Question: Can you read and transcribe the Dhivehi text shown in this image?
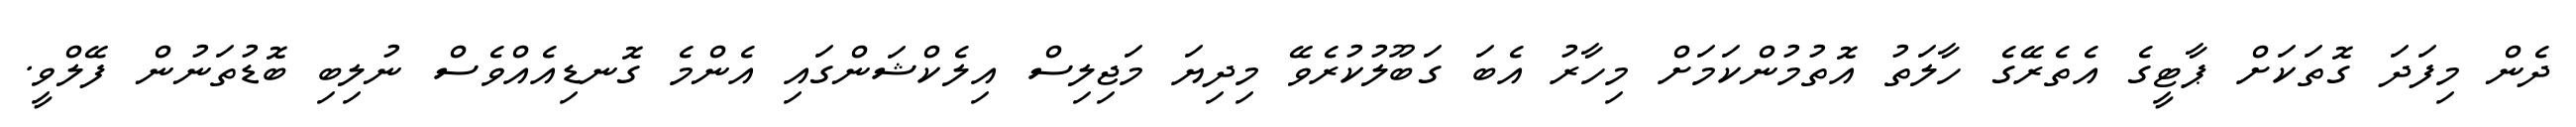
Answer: ދެން މިފަދަ ގޮތަކަށް ޕާޓީގެ އެތެރޭގެ ހާލަތު އޮތުމުންކަމަށް މިހާރު އެބަ ގަބޫލުކުރެވޭ މިދިޔަ މަޖިލިސް އިލެކްޝަންގައި އެންމެ ގޮނޑިއެއްވެސް ނުލިބި ބޮޑުތަނުން ފޭލްވީ.